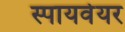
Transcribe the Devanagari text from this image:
स्पायवेयर